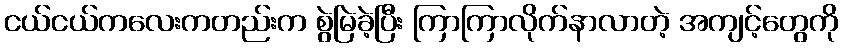
ငယ်ငယ်ကလေးကတည်းက စွဲမြဲခဲ့ပြီး ကြာကြာလိုက်နာလာတဲ့ အကျင့်တွေကို